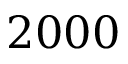
2 0 0 0